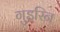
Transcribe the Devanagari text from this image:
गुइरिन